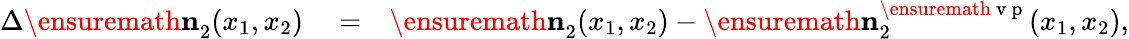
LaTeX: \begin{array}{rlr}{\Delta\ensuremath{\mathbf{n}}_{2}^{}(x_{1},x_{2})}&{{}=}&{\ensuremath{\mathbf{n}}_{2}^{}(x_{1},x_{2})-\ensuremath{\mathbf{n}}_{2}^{\ensuremath{\mathrm{~v~p~}}}(x_{1},x_{2}),}\end{array}